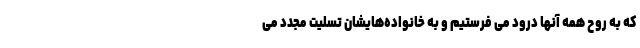
که به روح همه آنها درود می فرستیم و به خانواده‌هایشان تسلیت مجدد می